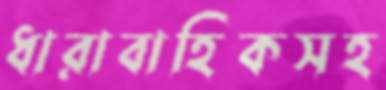
ধারাবাহিকসহ